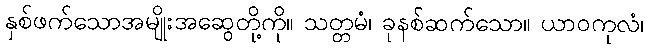
နှစ်ဖက်သောအမျိုးအဆွေတို့ကို။ သတ္တမံ၊ ခုနစ်ဆက်သော။ ယာဝကုလံ၊